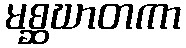
မစ္ဆဃာတကာ